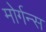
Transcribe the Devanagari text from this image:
मोर्गन्स